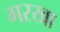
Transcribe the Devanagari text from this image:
गरखा